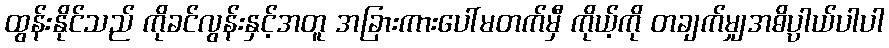
ထွန်းနိုင်သည် ကိုခင်လွန်းနှင့်အတူ အခြားကားပေါ်မတက်မှီ ကိုယ့်ကို တချက်မျှအဓိပ္ပါယ်ပါပါ